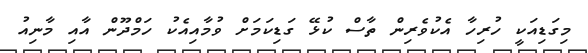
މިގަޑިއަކީ ހުރިހާ އެކުވެރިން ތާސް ކުޅޭ ގަޑިކަމަށް ވުމާއިއެކު ހަމްދޫން އާއި މާނިއު